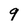
Character: 9